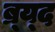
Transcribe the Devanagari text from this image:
ब्र्य्द